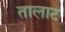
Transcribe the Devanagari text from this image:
तालाट